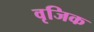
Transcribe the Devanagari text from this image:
वृजिक